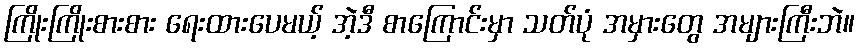
ကြိုးကြိုးစားစား ရေးထားပေမယ့် အဲ့ဒီ စာကြောင်းမှာ သတ်ပုံ အမှားတွေ အများကြီးဘဲ။